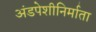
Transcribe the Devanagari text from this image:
अंडपेशीनिर्माता